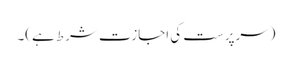
(سرپرست کی اجازت شرط ہے)۔